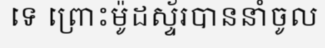
ទេ ព្រោះម៉ូដស្ទ័របាននាំចូល